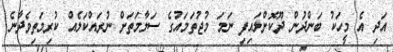
އަދި އެ މީހަކު ބަންދުން ދޫކޮށްލައިފި ނަމަ މުޖުތަމައުގެ ސަލާމަތަށް ނުރައްކަލެއް ކުރިމަތިވެދާނެ